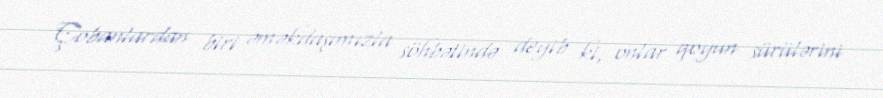
Çobanlardan biri əməkdaşımızla söhbətində deyib ki, onlar qoyun sürülərini